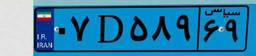
۳۶D۲۳۶۱۰